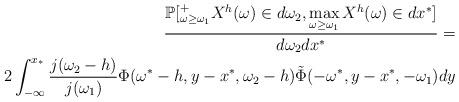
LaTeX: \begin{align*}\frac{\mathbb{P}[^{+}_{\omega \ge \omega_1} X^{h}(\omega) \in d\omega_2, \max\limits_{\omega \ge \omega_1} X^{h}(\omega) \in dx^{*}]}{d\omega_2 dx^{*}}=\\2\int_{-\infty}^{x_{*}} \frac{j(\omega_2-h)}{j(\omega_1)}\Phi(\omega^*-h,y-x^{*},\omega_2-h)\tilde{\Phi}(-\omega^{*},y-x^{*},-\omega_1)dy\end{align*}